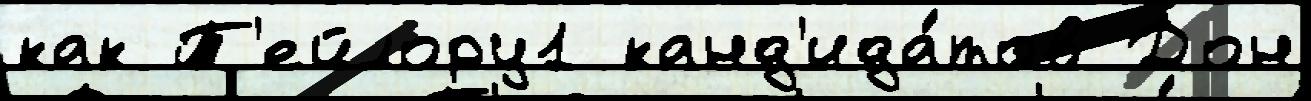
как Т'ейлору1 канд'ида́тов Дон